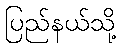
ပြည်နယ်သို့